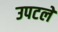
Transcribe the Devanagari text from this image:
उपटले